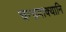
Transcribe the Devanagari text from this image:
चन्द्रवाक्यानि